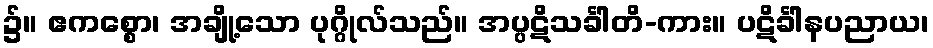
၌။ ဧကစ္စော၊ အချို့သော ပုဂ္ဂိုလ်သည်။ အပ္ပဋိသင်္ခါတိ-ကား။ ပဋိင်္ခါနပညာယ၊